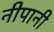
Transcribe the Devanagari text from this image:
नीपानी